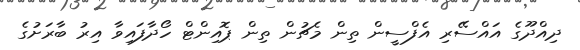
ދިއްދޫގެ އައްސޭރި އެފްސީން ތިން މެޗުން ތިން ޕޮއިންޓް ހޯދާފައިވާ އިރު ބާރަށުގެ